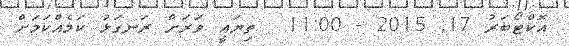
އޮކްޓޯބަރު 17